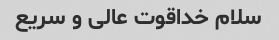
سلام خداقوت عالی و سریع